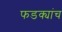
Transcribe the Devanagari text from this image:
फडक्यांच